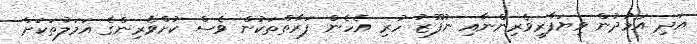
އަދި އަމުދުން ވިޔަފާރިވެރިންނާއި ނުފޫޒު ހުރި އެހެން ފަރާތްތަކުން ވެސް ކުށްވެރިންގެ އަމަލުތަކަށް